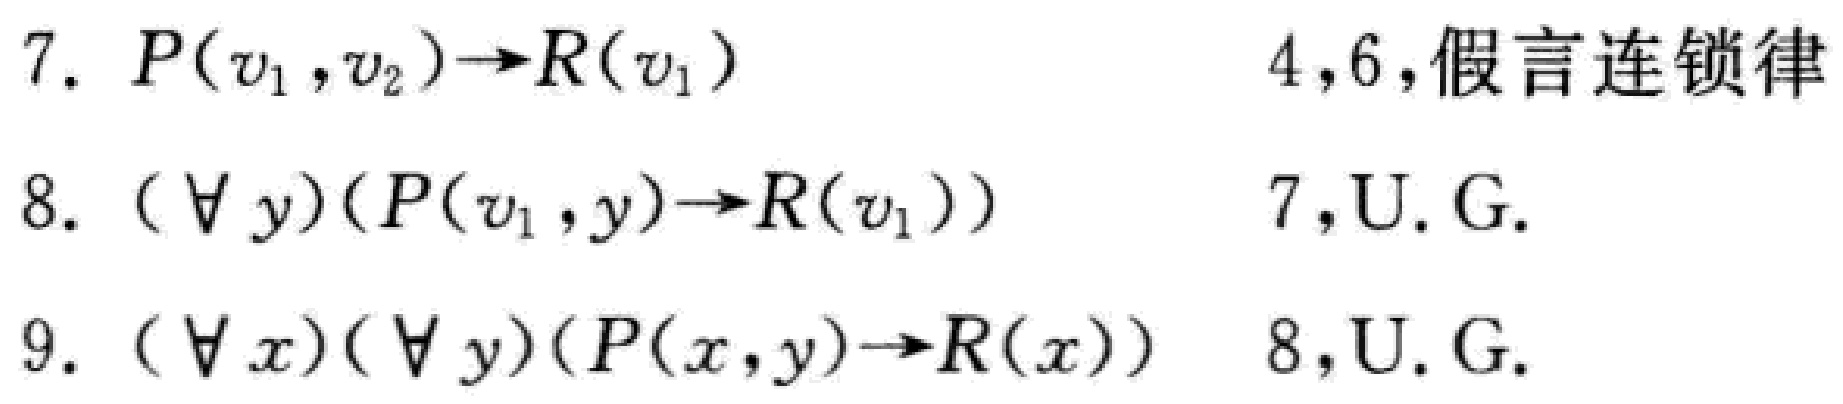
7. \(P(v_1,v_2)\to R(v_1)\)  4,6,假言连锁律
8. \((\forall y)(P(v_1,y)\to R(v_1))\) 7,U.G.
9. \((\forall x)(\forall y)(P(x,y)\to R(x))\) 8,U.G.